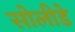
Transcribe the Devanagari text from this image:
सोलीडे